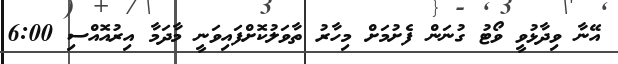
އޭނާ ވިދާޅުވީ ވޯޓު ގުނަން ފެށުމަށް މިހާރު ތާވަލުކޮށްފައިވަނީ މާދަމާ އިރުއޮއްސި 6:00